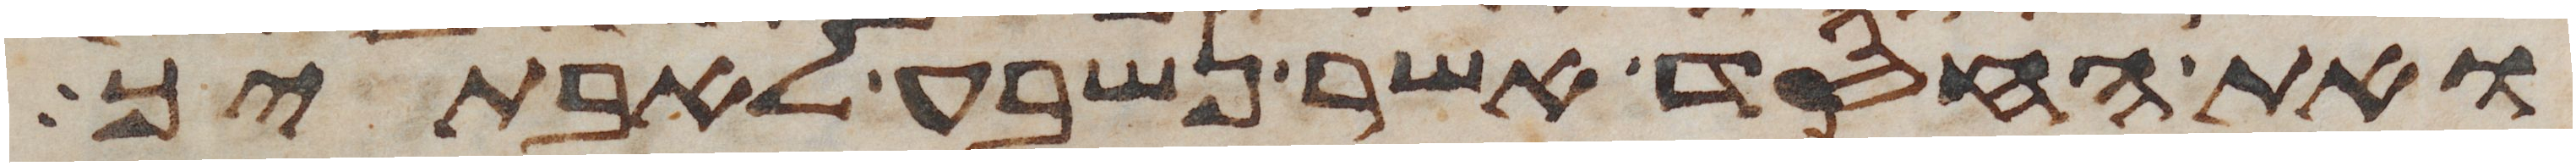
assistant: ואת החסד אשר נשבע לאבתיך